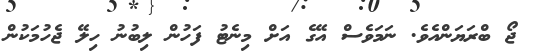
ޖޯ ބްރަޔަންއެވެ. ނަމަވެސް އޭގެ އަށް މިނެޓު ފަހުން ލިބުނު ހިލޭ ޖެހުމަކުން